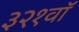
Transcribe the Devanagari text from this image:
३२१वॉ